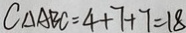
C _ { \Delta A B C } = 4 + 7 + 7 = 1 8